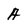
Character: A